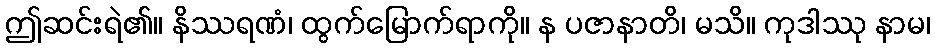
ဤဆင်းရဲ၏။ နိဿရဏံ၊ ထွက်မြောက်ရာကို။ န ပဇာနာတိ၊ မသိ။ ကုဒါဿု နာမ၊